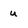
Character: u